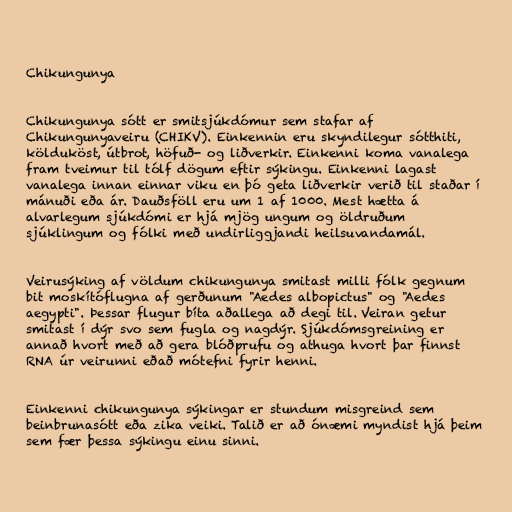
Chikungunya

Chikungunya sótt er smitsjúkdómur sem stafar af
Chikungunyaveiru (CHIKV). Einkennin eru skyndilegur sótthiti,
kölduköst, útbrot, höfuð- og liðverkir. Einkenni koma vanalega
fram tveimur til tólf dögum eftir sýkingu. Einkenni lagast
vanalega innan einnar viku en þó geta liðverkir verið til staðar í
mánuði eða ár. Dauðsföll eru um 1 af 1000. Mest hætta á
alvarlegum sjúkdómi er hjá mjög ungum og öldruðum
sjúklingum og fólki með undirliggjandi heilsuvandamál.

Veirusýking af völdum chikungunya smitast milli fólk gegnum
bit moskítóflugna af gerðunum "Aedes albopictus" og "Aedes
aegypti". Þessar flugur bíta aðallega að degi til. Veiran getur
smitast í dýr svo sem fugla og nagdýr. Sjúkdómsgreining er
annað hvort með að gera blóðprufu og athuga hvort þar finnst
RNA úr veirunni eðað mótefni fyrir henni.

Einkenni chikungunya sýkingar er stundum misgreind sem
beinbrunasótt eða zika veiki. Talið er að ónæmi myndist hjá þeim
sem fær þessa sýkingu einu sinni.